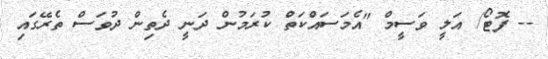
-- ފޮޓޯ/ އަލީ ވަސީމް "އެމަސައްކަތް ކުރަމުން ދަނީ ދެތިން ދުވަސް ތެރޭގައި